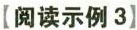
【阅读示例3】